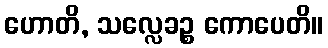
ဟောတိ, သလ္လေခဉ္စ ကောပေတိ။